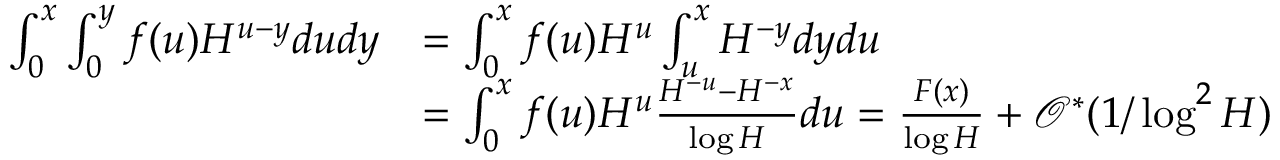
\begin{array} { r l } { \int _ { 0 } ^ { x } \int _ { 0 } ^ { y } f ( u ) H ^ { u - y } d u d y } & { = \int _ { 0 } ^ { x } f ( u ) H ^ { u } \int _ { u } ^ { x } H ^ { - y } d y d u } \\ & { = \int _ { 0 } ^ { x } f ( u ) H ^ { u } \frac { H ^ { - u } - H ^ { - x } } { \log H } d u = \frac { F ( x ) } { \log H } + \mathcal { O } ^ { * } ( 1 / \log ^ { 2 } H ) } \end{array}